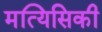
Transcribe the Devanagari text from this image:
मत्यिसिकी